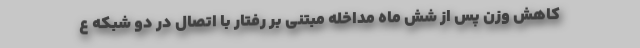
کاهش وزن پس از شش ماه مداخله مبتنی بر رفتار با اتصال در دو شبکه ع